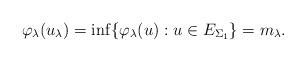
LaTeX: \begin{align*}\varphi_{\lambda}(u_{\lambda})=\inf\{\varphi_{\lambda}(u):u\in E_{\Sigma_1}\}=m_{\lambda}.\end{align*}